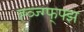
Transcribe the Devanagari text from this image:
ह्व्ज्ग्फ्फ्झ